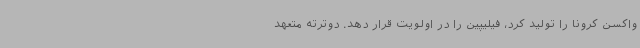
واکسن کرونا را تولید کرد، فیلیپین را در اولویت قرار دهد. دوترته متعهد